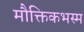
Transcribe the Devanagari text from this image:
मौक्तिकभस्म